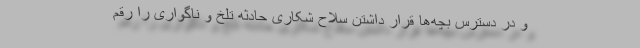
و در دسترس بچه‌ها قرار داشتن سلاح شکاری حادثه تلخ و ناگواری را رقم